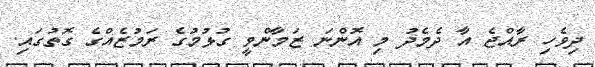
ދިވެހި ރާއްޖެ އާ ދެމެދު މި އޮންނަ ޒަމާންވީ ގުޅުމުގެ ރަމުޒެއްގެ ގޮތުގައި.